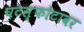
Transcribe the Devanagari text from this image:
घटस्फोटावर